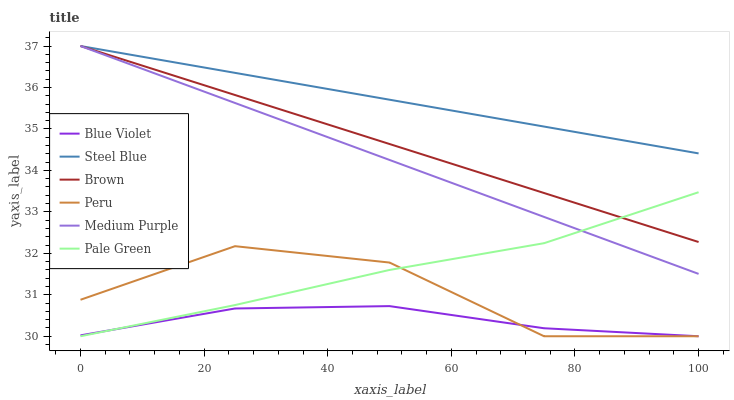
| xaxis_label | Blue Violet | Steel Blue | Brown | Peru | Medium Purple | Pale Green |
 | --- | --- | --- | --- | --- | --- | --- |
 | 0 | 30 | 37 | 37 | 30.9 | 37 | 30 |
 | 25 | 30.7 | 36.4 | 35.8 | 32.2 | 35.6 | 30.8 |
 | 50 | 30.7 | 35.7 | 34.6 | 31.8 | 34.3 | 31.6 |
 | 75 | 30.2 | 35.1 | 33.5 | 30 | 32.9 | 32.2 |
 | 100 | 30 | 34.4 | 32.3 | 30 | 31.5 | 33.5 |